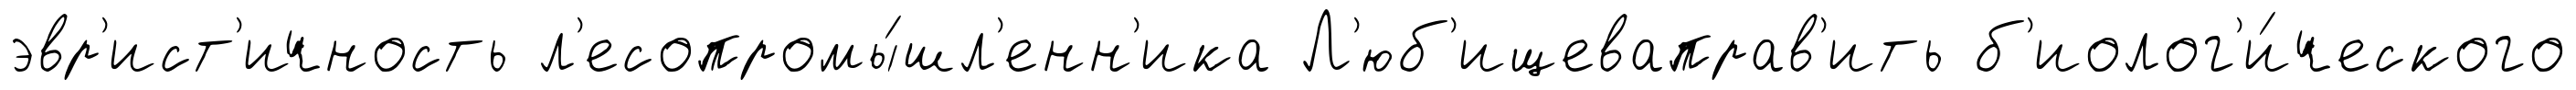
эвр'ист'ичность л'есопромы́шл'енн'ика Л'юб'ищеваправ'ить б'иолог'и́ческого